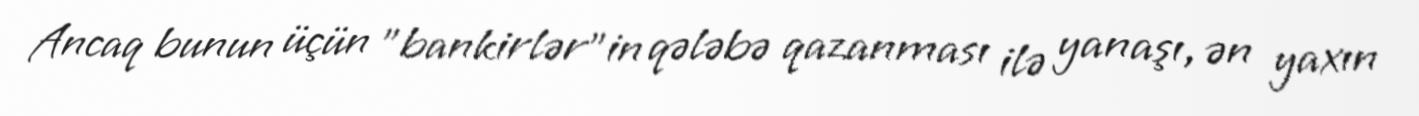
Ancaq bunun üçün "bankirlər"in qələbə qazanması ilə yanaşı, ən yaxın